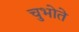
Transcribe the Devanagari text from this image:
चुभोते